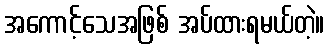
အကောင့်သေအဖြစ် အပ်ထားရမယ်တဲ့။